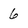
Character: 6